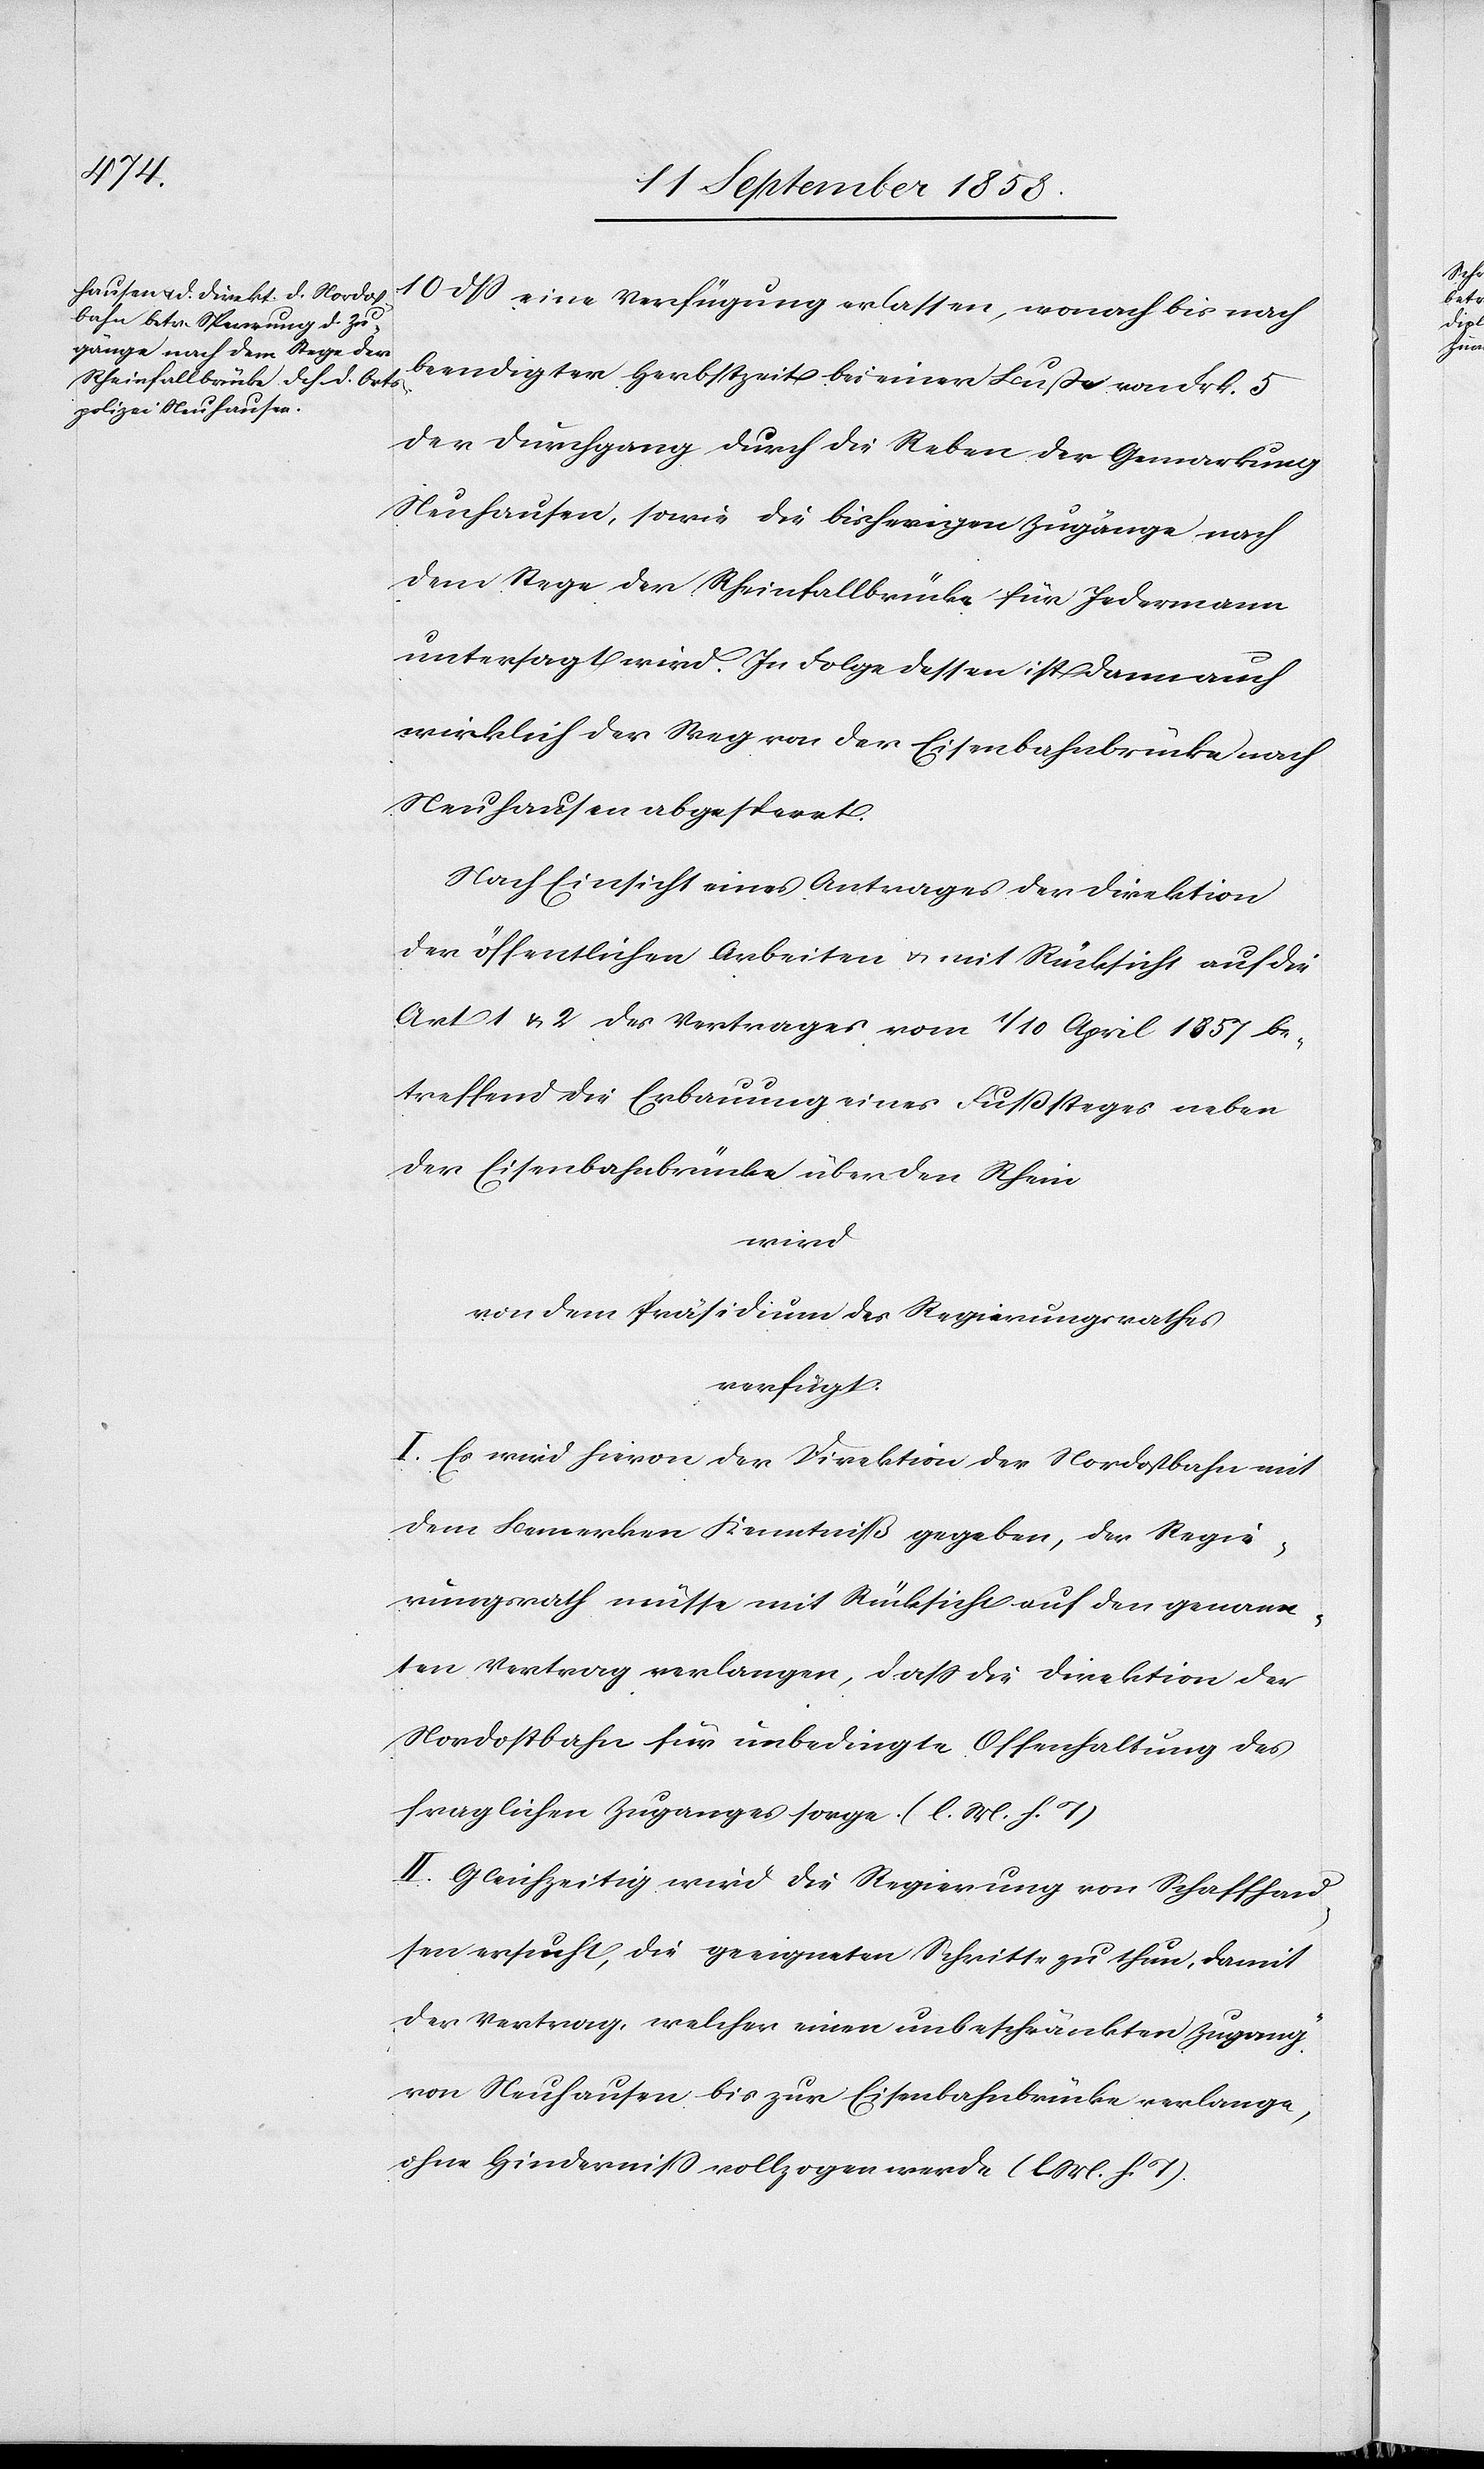
10 dß eine Verfügung erlassen, wonach bis nach
beendigter Herbstzeit bei einer Buße von Frk. 5
der Durchgang durch die Reben der Gemarkung
Neuhausen, sowie die bisherigen Zugänge nach
dem Stege der Rheinfallbrücke für Jedermann
untersagt wird. In Folge dessen ist dann auch
wirklich der Weg von der Eisenbahnbrücke nach
Neuhausen abgesperrt.
Nach Einsicht eines Antrages der Direktion
der öffentlichen Arbeiten & mit Rücksicht auf die
Art. 1 & 2 des Vertrages vom 1 / 10 April 1857 be¬
treffend die Erbauung eines Fußsteges neben
der Eisenbahnbrücke über den Rhein
wird
von dem Präsidium des Regierungsrathes
verfügt:
I. Es wird hievon der Direktion der Nordostbahn mit
dem Bemerken Kenntniß gegeben, der Regie¬
rungsrath müsse mit Rücksicht auf den genann¬
ten Vertrag verlangen, dass die Direktion der
Nordostbahn für unbedingte Offenhaltung des
fraglichen Zuganges sorge. (l. M. h. T)
II. Gleichzeitig wird die Regierung von Schaffhau¬
sen ersucht, die geeigneten Schritte zu thun, damit
der Vertrag, welcher einen unbeschränkten Zugang
von Neuhausen bis zur Eisenbahnbrücke verlange,
ohne Hinderniss vollzogen werde (l. M. h. T).